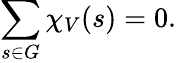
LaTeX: \sum_{s\in G}\chi_{V}(s)=0.